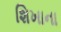
શિખાના